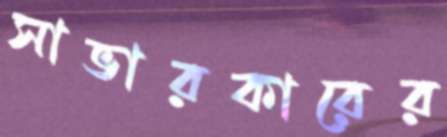
সাভারকারের